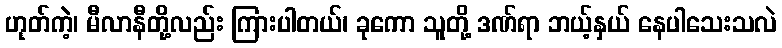
ဟုတ်ကဲ့၊ မီလာနီတို့လည်း ကြားပါတယ်၊ ခုကော သူတို့ ဒဏ်ရာ ဘယ့်နှယ် နေပါသေးသလဲ